Scottish Certificate of Education, 1962
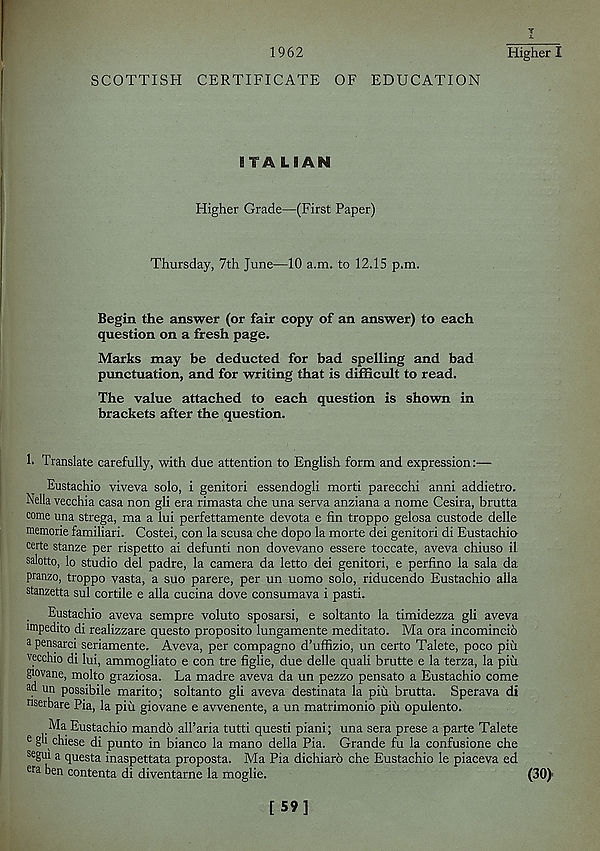
1962
Higher I
SCOTTISH CERTIFICATE OF EDUCATION
ITALIAN
Higher Grade—(First Paper)
Thursday, 7th June—10 a.m. to 12.15 p.m.
Begin the answer (or fair copy of an answer) to each
question on a fresh page.
Marks may be deducted for bad spelling and bad
punctuation, and for writing that is difficult to read.
The value attached to each question is shown in
brackets after the question.
h Translate carefully, with due attention to English form and expression:—
Eustachio viveva solo, i genitori essendogli morti parecchi anni addietro.
Nella vecchia casa non gli era rimasta che una serva anziana a nome Cesira, brutta
come una strega, ma a lui perfettamente devota e fin troppo gelosa custode delle
memorie familiari. Costei, con la scusa che dopo la morte dei genitori di Eustachio
certe stanze per rispetto ai defunti non dovevano essere toccate, aveva chiuso il
salotto, lo studio del padre, la camera da letto dei genitori, e perfino la sala da
pranzo, troppo vasta, a suo parere, per un uomo solo, riducendo Eustachio alia
stanzetta sul cortile e alia cucina dove consumava i pasti.
Eustachio aveva sempre voluto sposarsi, e soltanto la timidezza gli aveva
impedito di realizzare questo proposito lungamente meditato. Ma ora incomincio
a pensarci seriamente. Aveva, per compagno d’uffizio, un certo Talete, poco piii
vecchio di lui, ammogliato e con tre figlie, due delle quali brutte e la terza, la piir
giovane, molto graziosa. La madre aveva da un pezzo pensato a Eustachio come
ad un possibile marito; soltanto gli aveva destinata la piii brutta. Sperava di
nserbare Pia, la piu giovane e avvenente, a un matrimonio piii opulento.
Ma Eustachio mando alParia tutti questi piani; una sera prese a parte Talete
e gb chiese di punto in bianco la mano della Pia. Grande fu la confusione che
se gui a questa inaspettata proposta. Ma Pia dichiaro che Eustachio le piaceva ed
era ben contenta di diventarne la moglie.
(30)
[59]